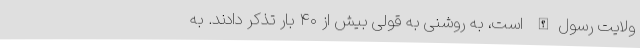
ولایت رسول‌الله است، به روشنی به قولی بیش از ۴۰ بار تذکر دادند. به